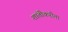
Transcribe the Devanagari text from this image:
शांतीकरीता